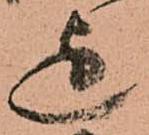
迄